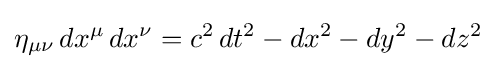
\eta _{\mu \nu }\,dx^{\mu }\,dx^{\nu }=c^{2}\,dt^{2}-dx^{2}-dy^{2}-dz^{2}